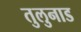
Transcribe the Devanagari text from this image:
तुलुनाड